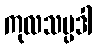
ကုလသမ္ပဒါ